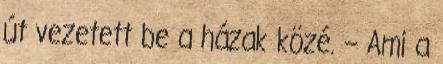
út vezetett be a házak közé. – Ami a